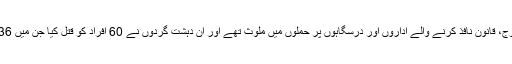
فوج کے شعبہ تعلقات عامہ' آئی ایس پی آر کے مطابق یہ شدت پسند افراد فوج، قانون نافذ کرنے والے اداروں اور درسگاہوں پر حملوں میں ملوث تھے اور ان دہشت گردوں نے 60 افراد کو قتل کیا جن میں 36 عام شہری اور 24 کا تعلق فوج اور قانون نافذ کرنے والےاداروں سے تھا۔